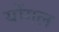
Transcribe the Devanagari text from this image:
योंगल